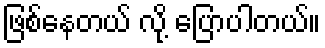
ဖြစ်နေတယ် လို့ ပြောပါတယ်။